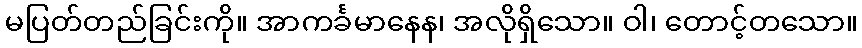
မပြတ်တည်ခြင်းကို။ အာကင်္ခမာနေန၊ အလိုရှိသော။ ဝါ၊ တောင့်တသော။